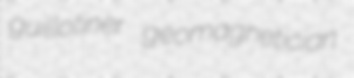
guillotiner geomagnetician